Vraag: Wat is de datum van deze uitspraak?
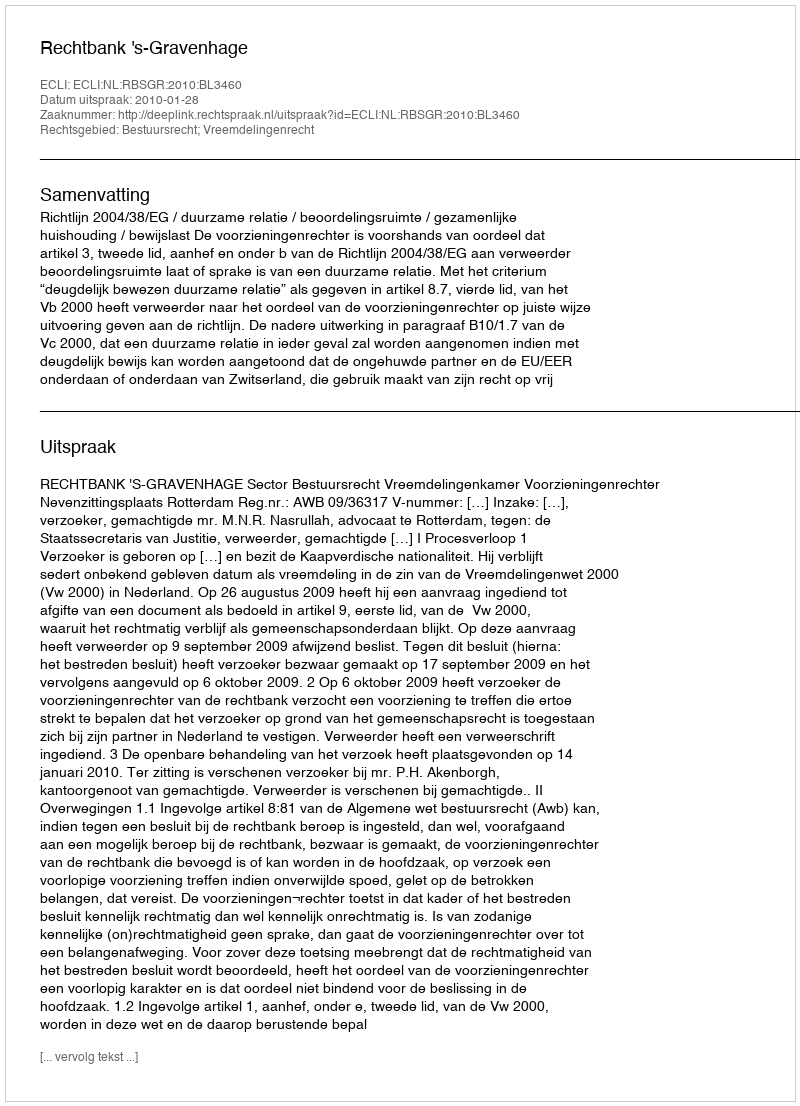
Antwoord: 2010-01-28